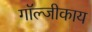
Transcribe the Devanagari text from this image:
गॉल्जीकाय